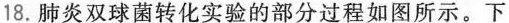
18.肺炎双球菌转化实验的部分过程如图所示。下